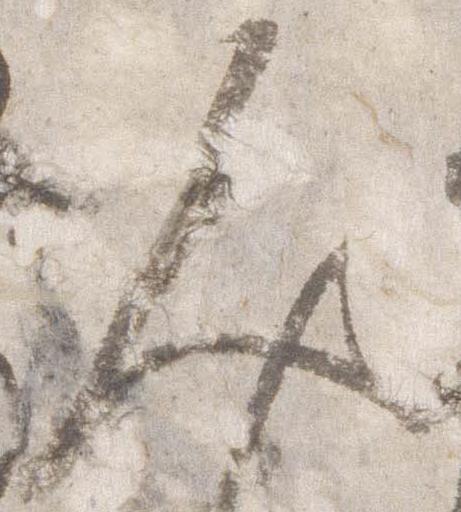
人